Annual report of lunatic asylums [Bombay] - 1912-1922
Year: 1912
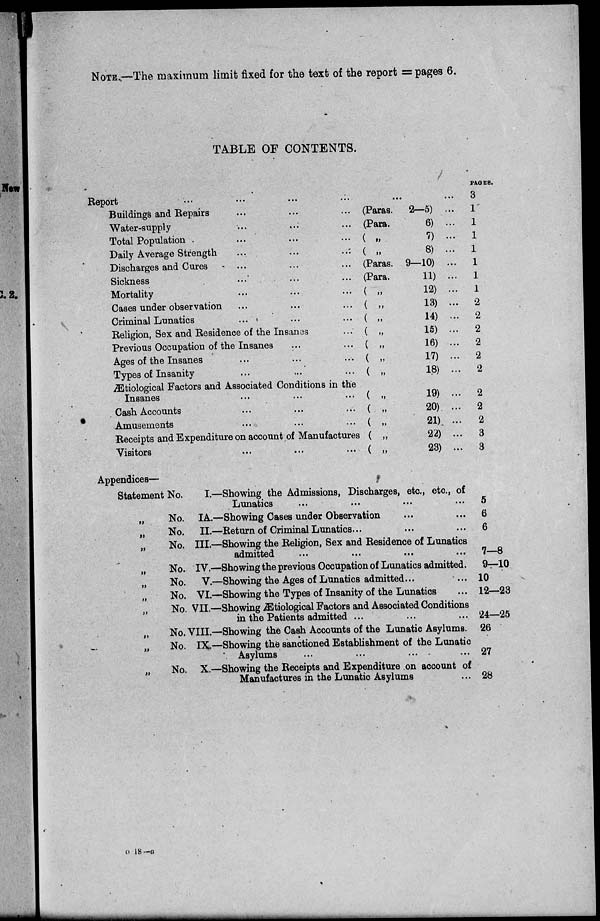
NOTE.—The maximum limit fixed for the text of the report = pages 6.
TABLE OF CONTENTS.
Report ... ... ... ...
Buildings and Repairs ... ... ...
Water-supply ... ... ...
Total Population ... ... ...
Daily Average Strength ... ... ...
Discharges and Cures ... ... ...
Sickness ... ... ...
Mortality ... ... ...
Cases under observation ... ... ...
Criminal Lunatics ... ... ...
Religion, Sex and Residence of the Insanes ...
Previous Occupation of the Insanes ... ...
Ages of the Insanes ... ... ...
Types of Insanity ... ... ...
Ætiological Factors and Associated Conditions in the
Insanes ... ... ...
Cash Accounts ... ... ...
Amusements ... ... ...
Receipts and Expenditure on account of Manufactures
Visitors ... ... ...
... ...
(Paras.
(Para.
( „
( „
(Paras.
(Para.
( „
( „
( „
( „
( „
( „
( „
( „
( „
( „
( „
( „
2—5) ...
6) ...
7) ...
8) ...
9—10) ...
11) ...
12) ...
13) ...
14) ...
15) ...
16) ...
17) ...
18) ...
19) ...
20) ...
21) ...
22) ...
23) ...
PAGES.
3
1
1
1
1
1
1
1
2
2
2
2
2
2
2
2
2
3
3
Appendices—
Statement No.
„
No.
„ No.
„
No.
„ No.
„ No.
„ No.
„ No.
I.—Showing the Admissions, Discharges, etc., etc., of
Lunatics ... ...
...
...
IA.—Showing Cases under Observation ... ...
II.—Return of Criminal Lunatics... ... ...
III.—Showing the Religion, Sex and Residence of Lunatics
admitted ... ... ... ...
IV.—Showing the previous Occupation of Lunatics admitted.
V.—Showing the Ages of Lunatics admitted... ...
VI.—Showing the Types of Insanity of the Lunatics ...
VII.—Showing Ætiological Factors and Associated Conditions
in the Patients admitted ... ... ...
„
No. VIII.—Showing the Cash Accounts of the Lunatic Asylums.
„ No.
„ No.
IX—Showing the sanctioned Establishment of the Lunatic
Asylums ... ... ... ...
X.—Showing the Receipts and Expenditure on account of
Manufactures in the Lunatic Asylums ...
5
6
6
7—8
9—10
10
12—23
24—25
26
27
28
o 18—a